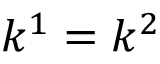
k ^ { 1 } = k ^ { 2 }